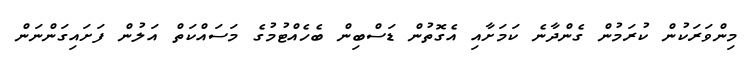
މިންވަރަކުން ކުރަމުން ގެންދާނެ ކަމަށާއި އެގޮތުން ޑަސްބިން ބެހެއްޓުމުގެ މަސައްކަތް އަލުން ފަށައިގަންނަން